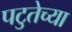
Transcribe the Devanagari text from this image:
पटुतेच्या